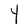
Character: Y